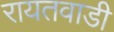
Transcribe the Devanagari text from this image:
रायतवाडी